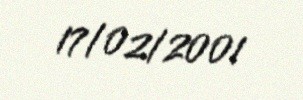
17/02/2001